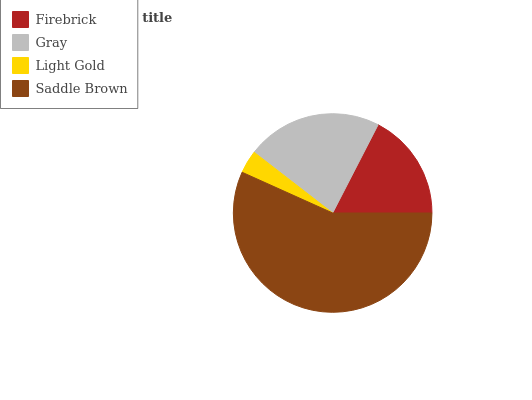
| Firebrick | Gray | Light Gold | Saddle Brown |
 | --- | --- | --- | --- |
 | 17.5% | 22.1% | 3.75% | 56.6% |